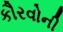
કૌરવોની